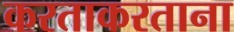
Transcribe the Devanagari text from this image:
करताकरताना